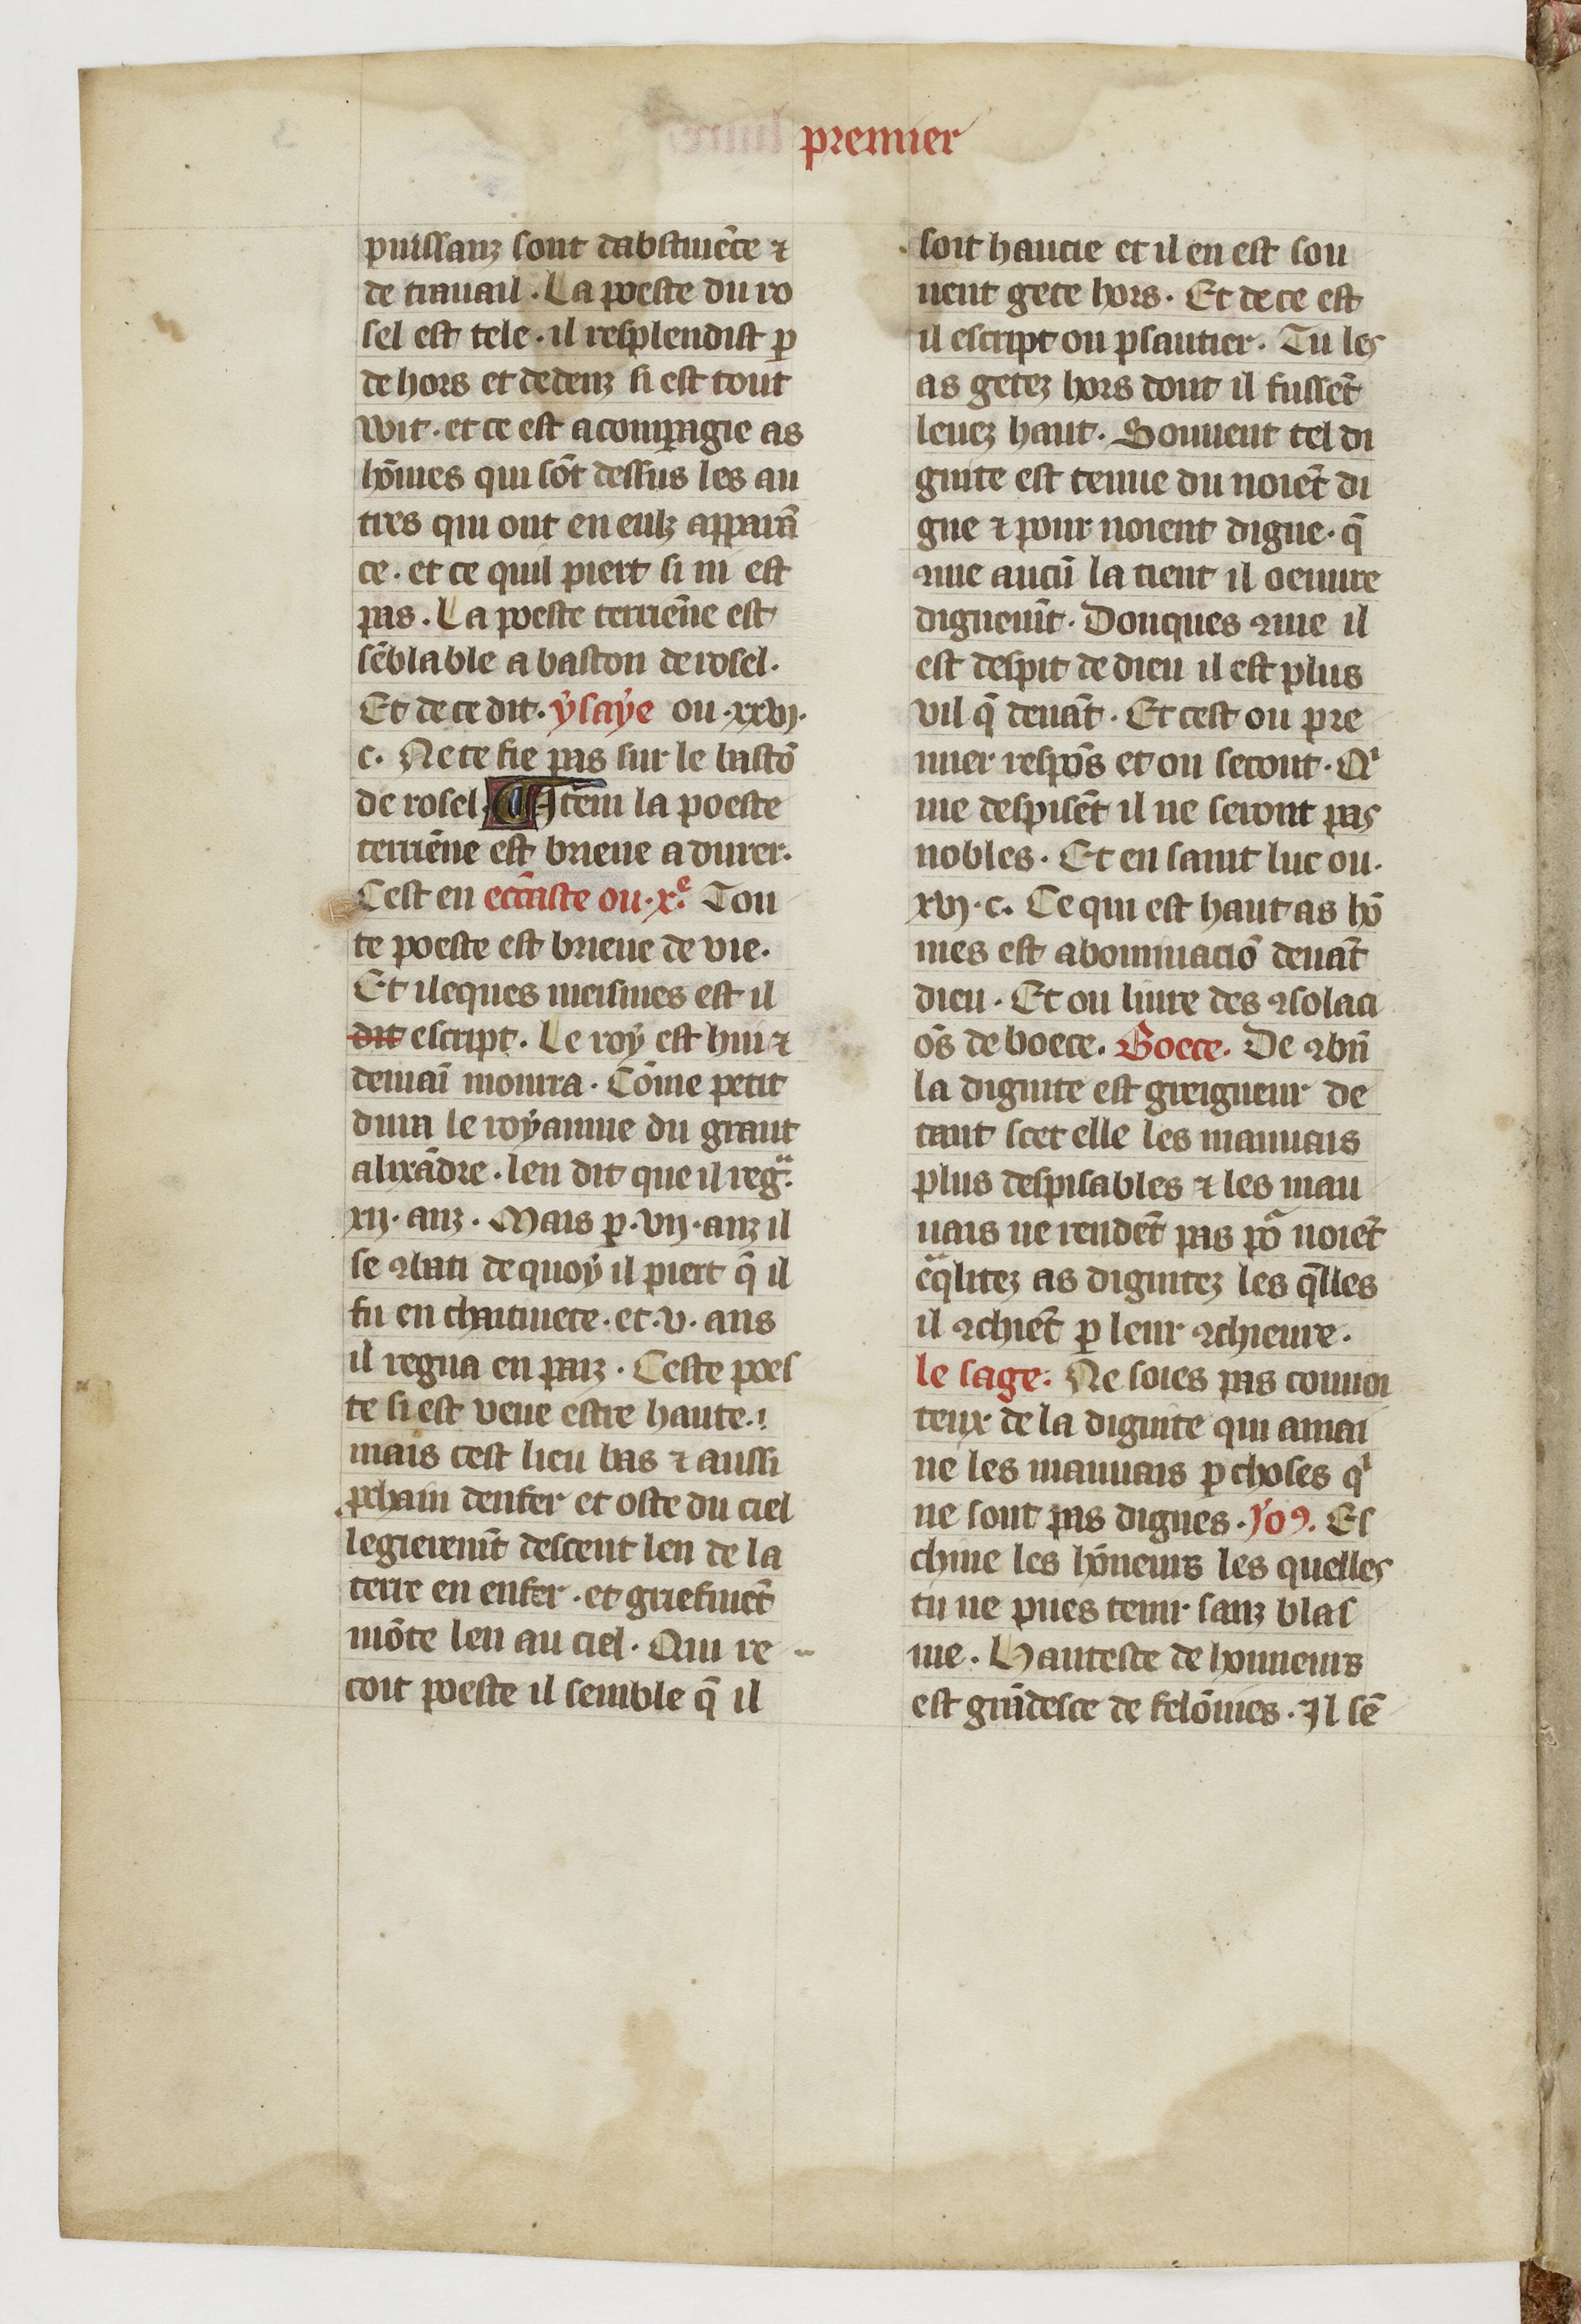
Shelfmark: Paris, BnF, fr. 1728
Century: 14